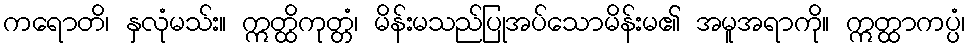
ကရောတိ၊ နှလုံမသ်း။ ဣတ္ထိကုတ္တံ၊ မိန်းမသည်ပြုအပ်သောမိန်းမ၏ အမူအရာကို။ ဣတ္ထာကပ္ပံ၊